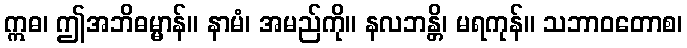
ဣဓ၊ ဤအဘိဓမ္မာန်။ နာမံ၊ အမည်ကို။ နလဘန္တိ၊ မရကုန်။ သဘာဝတောစ၊